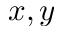
x , y